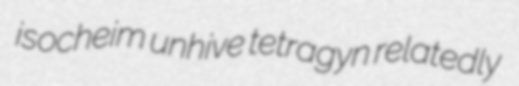
isocheim unhive tetragyn relatedly